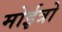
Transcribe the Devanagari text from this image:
मोईत्रो